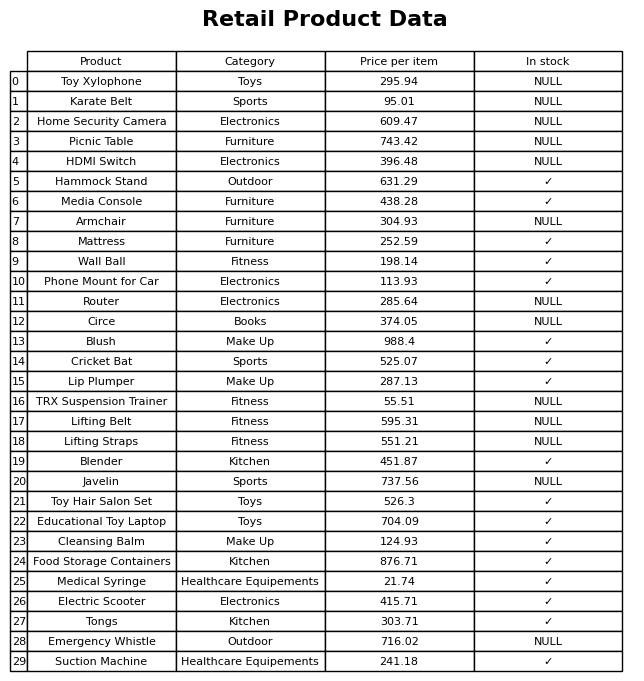
question: What is the price of the Picnic Table?
answer: The price of Picnic Table is 743.42.